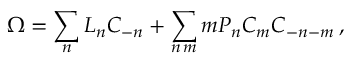
\Omega = \sum _ { n } L _ { n } C _ { - n } + \sum _ { n \, m } m P _ { n } C _ { m } C _ { - n - m } \, ,